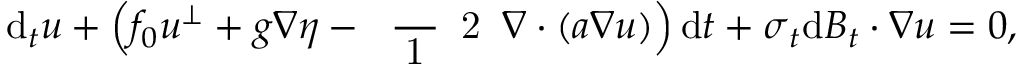
\mathrm { d } _ { t } \boldsymbol { u } + \Big ( f _ { 0 } \boldsymbol { u } ^ { \perp } + g \boldsymbol { \nabla } \eta - \mathrm { ~ \scriptsize ~ \frac ~ { ~ 1 ~ } ~ { ~ 2 ~ } ~ } \boldsymbol { \nabla } \boldsymbol { \cdot } ( \boldsymbol { a } \boldsymbol { \nabla } \boldsymbol { u } ) \Big ) \, \mathrm { d } t + \boldsymbol { \sigma } _ { t } \mathrm { d } \boldsymbol { B } _ { t } \boldsymbol { \cdot } \boldsymbol { \nabla } \boldsymbol { u } = 0 ,